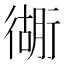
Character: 衚